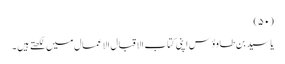
(۵۰)
یا سید بن طاوؤس اپنی کتاب الاقبال الاعمال میں لکھتے ہیں ۔